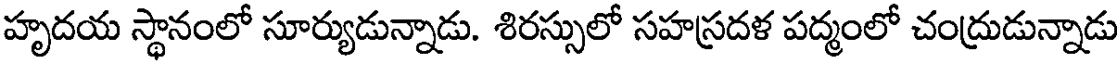
హృదయ స్థానంలో సూర్యుడున్నాడు. శిరస్సులో సహస్రదళ పద్మంలో చంద్రుడున్నాడు